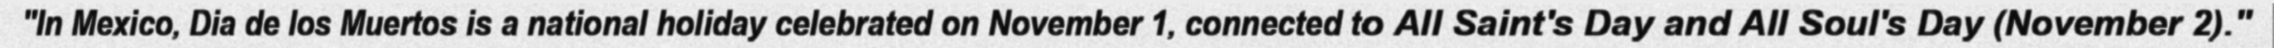
"In Mexico, Dia de los Muertos is a national holiday celebrated on November 1, connected to All Saint's Day and All Soul's Day (November 2)."